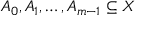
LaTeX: A _ { 0 } , A _ { 1 } , \dots , A _ { m - 1 } \subseteq X